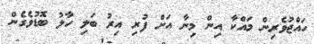
ހައްޖުވެރިން މައްކާ އިން މިނާ އަށް ފުރި އިރު ބަލި ހާލު ބޮޑުވެގެން